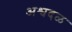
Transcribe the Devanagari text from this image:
अश्वदळ